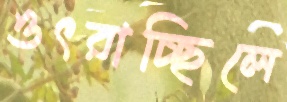
ওৎরাচ্ছিলে